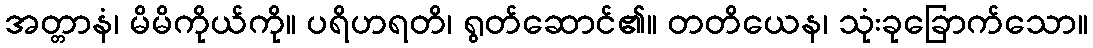
အတ္တာနံ၊ မိမိကိုယ်ကို။ ပရိဟရတိ၊ ရွတ်ဆောင်၏။ တတိယေန၊ သုံးခုခြောက်သော။